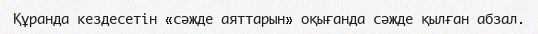
Құранда кездесетін «сәжде аяттарын» оқығанда сәжде қылған абзал.